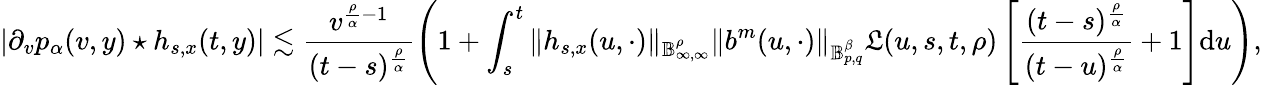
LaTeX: |\partial_{v}p_{\alpha}(v,y)\star h_{s,x}(t,y)|\lesssim\frac{v^{\frac{\rho}{\alpha}-1}}{(t-s)^{\frac{\rho}{\alpha}}}\left(1+\int_{s}^{t}\Vert h_{s,x}(u,\cdot)\Vert_{\mathbb{B}_{\infty,\infty}^{\rho}}\Vert b^{m}(u,\cdot)\Vert_{\mathbb{B}_{p,q}^{\beta}}\mathfrak{L}(u,s,t,\rho)\left[\frac{(t-s)^{\frac{\rho}{\alpha}}}{(t-u)^{\frac{\rho}{\alpha}}}+1\right]\mathrm{d}u\right),